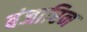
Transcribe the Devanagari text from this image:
बंजारिन